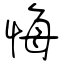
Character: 悔